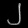
Digit: ၂